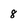
Character: 8